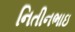
નિતીનભાઇ